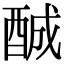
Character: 𨠽